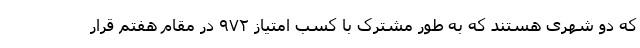
که دو شهری هستند که به طور مشترک با کسب امتیاز ۹۷۲ در مقام هفتم قرار